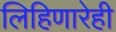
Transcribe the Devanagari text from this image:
लिहिणारेही